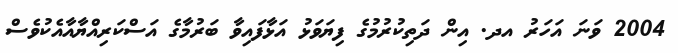
2004 ވަނަ އަހަރު އދ. އިން ދަތިކުރުމުގެ ފިޔަވަޅު އަޅާފައިވާ ބަރުމާގެ އަސްކަރިއްޔާއާއެކުވެސް